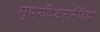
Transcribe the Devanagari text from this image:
सुपरचिअसमैटिक